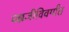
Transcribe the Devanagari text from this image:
यज्ञजीविवर्गांत